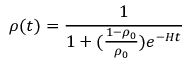
\rho ( t ) = \frac { 1 } { 1 + ( \frac { 1 - \rho _ { 0 } } { \rho _ { 0 } } ) e ^ { - H t } }